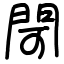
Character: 閜